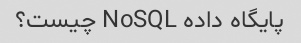
پایگاه داده NoSQL چیست؟